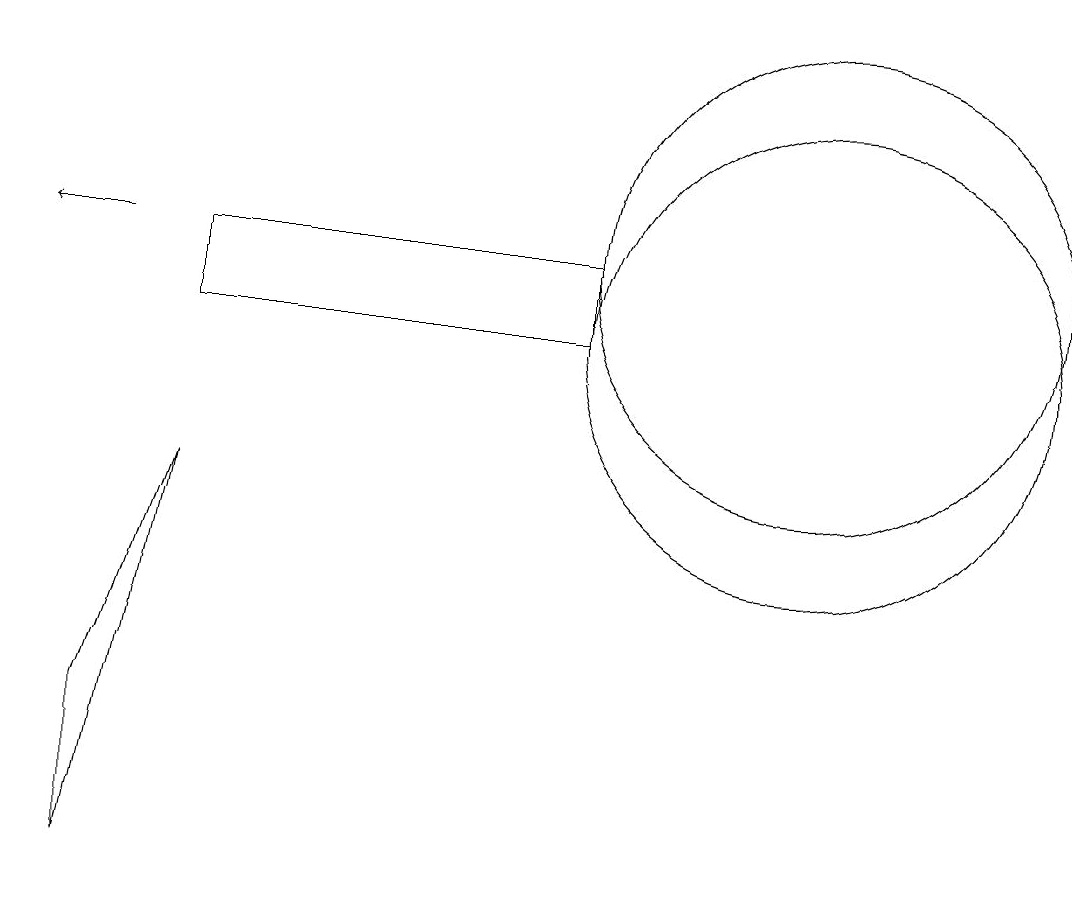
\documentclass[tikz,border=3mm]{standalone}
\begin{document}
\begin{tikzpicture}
\draw (10,10) circle (0);
\draw (2,11) rectangle (7,10);
\draw (10,10) circle (3);
\draw (10,11) circle (3);
\draw (1,5) -- (1,3) -- (2,8) -- cycle;
\draw[->] (1,11) -- (0,11);
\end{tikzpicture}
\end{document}